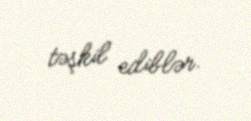
təşkil ediblər.